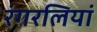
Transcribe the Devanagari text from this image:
रंगरलियां